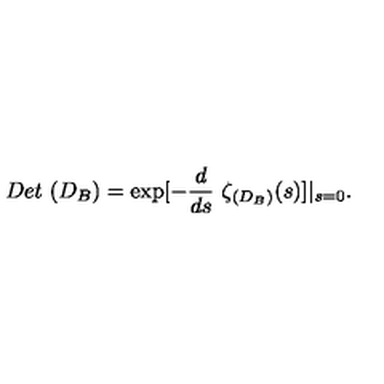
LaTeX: D e t \ ( D _ { B } ) = \exp [ - \frac d { d s } \ \zeta _ { ( D _ { B } ) } ( s ) ] \vert _ { s = 0 } .